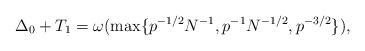
LaTeX: \begin{align*}\Delta_0+T_1=\omega(\max\{p^{-1/2}N^{-1},p^{-1}N^{-1/2},p^{-3/2}\}), \end{align*}